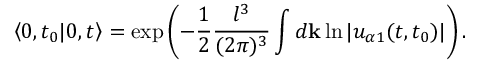
\left< 0 , t _ { 0 } | 0 , t \right> = \exp \left( - \frac { 1 } { 2 } \frac { l ^ { 3 } } { ( 2 \pi ) ^ { 3 } } \int d { \bf k } \ln | u _ { \alpha 1 } ( t , t _ { 0 } ) | \right) .